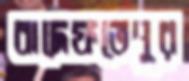
বাদেফতেপুর